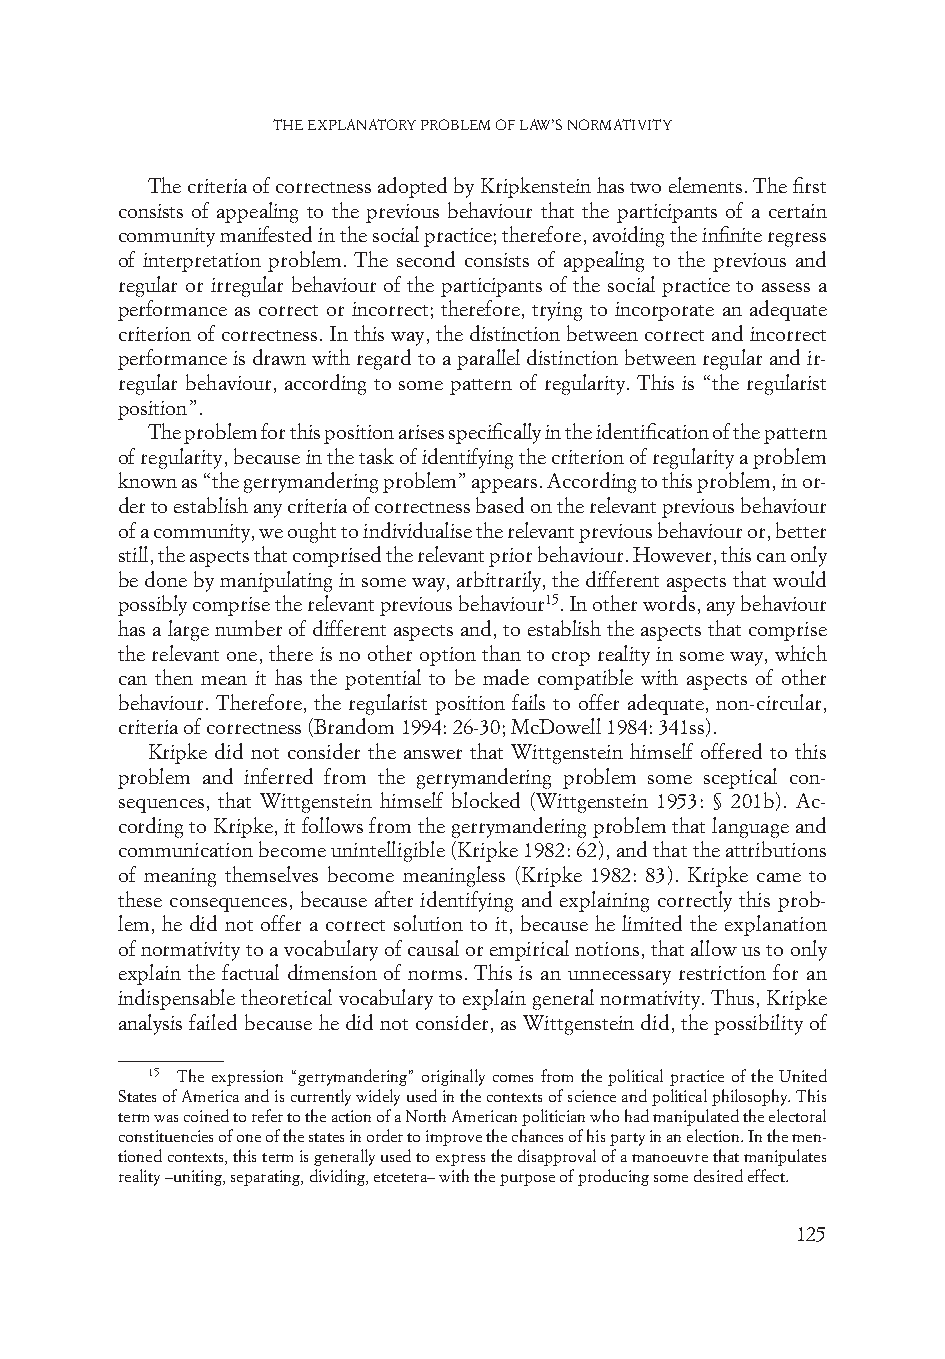
The explanaTory problem of law’s normaTiviTy
 The criteria of correctness adopted by Kripkenstein has two elements. The first
 consists of appealing to the previous behaviour that the participants of a certain
 community manifested in the social practice; therefore, avoiding the infinite regress
 of interpretation problem. The second consists of appealing to the previous and
 regular or irregular behaviour of the participants of the social practice to assess a
 performance as correct or incorrect; therefore, trying to incorporate an adequate
 criterion of correctness. In this way, the distinction between correct and incorrect
 performance is drawn with regard to a parallel distinction between regular and ir-
 regular behaviour, according to some pattern of regularity. This is “the regularist
 position”.
 The problem for this position arises specifically in the identification of the pattern
 of regularity, because in the task of identifying the criterion of regularity a problem
 known as “the gerrymandering problem” appears. According to this problem, in or-
 der to establish any criteria of correctness based on the relevant previous behaviour
 of a community, we ought to individualise the relevant previous behaviour or, better
 still, the aspects that comprised the relevant prior behaviour. However, this can only
 be done by manipulating in some way, arbitrarily, the different aspects that would
 possibly comprise the relevant previous behaviour15. In other words, any behaviour
 has a large number of different aspects and, to establish the aspects that comprise
 the relevant one, there is no other option than to crop reality in some way, which
 can then mean it has the potential to be made compatible with aspects of other
 behaviour. Therefore, the regularist position fails to offer adequate, non-circular,
 criteria of correctness (Brandom 1994: 26-30; McDowell 1984: 341ss).
 Kripke did not consider the answer that Wittgenstein himself offered to this
 problem and inferred from the gerrymandering problem some sceptical con-
 sequences, that Wittgenstein himself blocked (Wittgenstein 1953: § 201b). Ac-
 cording to Kripke, it follows from the gerrymandering problem that language and
 communication become unintelligible (Kripke 1982: 62), and that the attributions
 of meaning themselves become meaningless (Kripke 1982: 83). Kripke came to
 these consequences, because after identifying and explaining correctly this prob-
 lem, he did not offer a correct solution to it, because he limited the explanation
 of normativity to a vocabulary of causal or empirical notions, that allow us to only
 explain the factual dimension of norms. This is an unnecessary restriction for an
 indispensable theoretical vocabulary to explain general normativity. Thus, Kripke
 analysis failed because he did not consider, as Wittgenstein did, the possibility of
 15 The expression “gerrymandering” originally comes from the political practice of the United
 States of America and is currently widely used in the contexts of science and political philosophy. This
 term was coined to refer to the action of a North American politician who had manipulated the electoral
 constituencies of one of the states in order to improve the chances of his party in an election. In the men-
 tioned contexts, this term is generally used to express the disapproval of a manoeuvre that manipulates
 reality –uniting, separating, dividing, etcetera– with the purpose of producing some desired effect.
 125